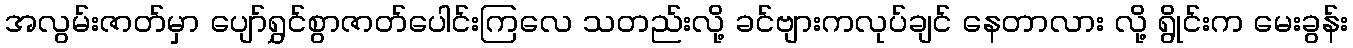
အလွမ်းဇာတ်မှာ ပျော်ရွှင်စွာဇာတ်ပေါင်းကြလေ သတည်းလို့ ခင်ဗျားကလုပ်ချင် နေတာလား လို့ ရွိုင်းက မေးခွန်း